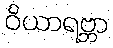
ဝိယာရဗ္ဘာ